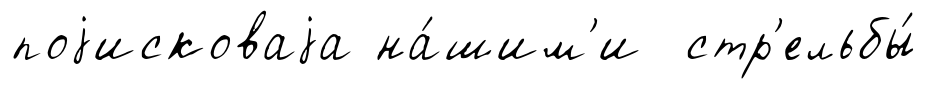
поjисковаjа на́шим'и стр'ельбы́